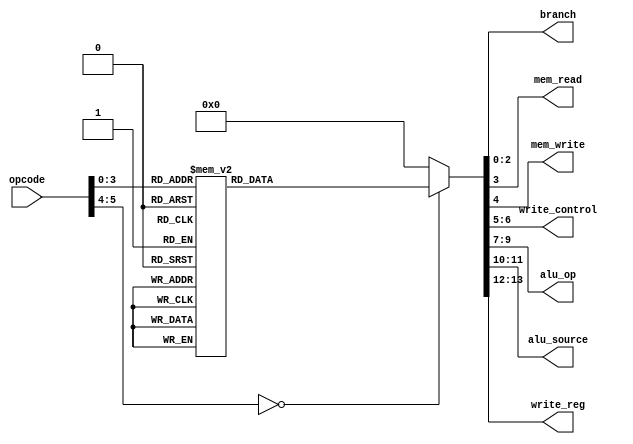
module control_unit(
    input [5:0] opcode,
    output reg [2:0] branch,
    output reg mem_read,
    output reg mem_write,
    output reg [1:0] write_control,
    output reg [2:0] alu_op,
    output reg [1:0]alu_source,
    output reg [1:0] write_reg
    );

/*
        
        OPCODE | ALUop | ALUsource  | WriteReg | MemWrite | MemRead | WriteConrol | Branch | Instructions
        __________________________________________________________________________________________________________
        000000 | 001   | 10         | 10       | 0        | 0       | 00       | 000    | add, comp, diff, AND, XOR
        000001 | 010   | 10         | 10       | 0        | 0       | 00       | 000    | shll, shrl, shra
        000011 | 011   | 10         | 10       | 0        | 0       | 00       | 000    | shllv, shrlv, shrav
        000010 | 000   | 10         | 00       | 0        | 0       | 00       | 001    | br
        000110 | 100   | 00         | 10       | 0        | 0       | 00       | 000    | addi, compi
        000111 | 101   | 10         | 01       | 0        | 0       | 00       | 010    | bltz, bz, bnz
        000101 | 110   | 01         | 11       | 0        | 1       | 01       | 000    | lw
        000100 | 111   | 01         | 00       | 1        | 1       | 00       | 000    | sw
        001100 | 000   | 10         | 01       | 0        | 0       | 00       | 011    | b
        001101 | 000   | 10         | 00       | 1        | 0       | 10       | 100    | bl
        001111 | 000   | 10         | 00       | 1        | 0       | 00       | 101    | bcy
        001011 | 000   | 10         | 00       | 1        | 0       | 00       | 110    | bncy
        
*/

always @(*) begin
        case(opcode)
            6'b000000:
                begin
                    branch <= 3'b000;
                    mem_read <= 1'b0;
                    mem_write <= 1'b0;
                    write_control <= 2'b00;
                    alu_op <= 3'b001;
                    alu_source <= 2'b10;
                    write_reg <= 2'b10;
                end
            6'b000001:
                begin
                    branch <= 3'b000;
                    mem_read <= 1'b0;
                    mem_write <= 1'b0;
                    write_control <= 2'b00;
                    alu_op <= 3'b010;
                    alu_source <= 2'b10;
                    write_reg <= 2'b10;
                end
            6'b000011:
                begin
                    branch <= 3'b000;
                    mem_read <= 1'b0;
                    mem_write <= 1'b0;
                    write_control <= 2'b00;
                    alu_op <= 3'b011;
                    alu_source <= 2'b10;
                    write_reg <= 2'b10;
                end
            6'b000010:
                begin
                    branch <= 3'b001;
                    mem_read <= 1'b0;
                    mem_write <= 1'b0;
                    write_control <= 2'b00;
                    alu_op <= 3'b000;
                    alu_source <= 2'b10;
                    write_reg <= 2'b00;
                end
            6'b000110:
                begin
                    branch <= 3'b000;
                    mem_read <= 1'b0;
                    mem_write <= 1'b0;
                    write_control <= 2'b00;
                    alu_op <= 3'b100;
                    alu_source <= 2'b00;
                    write_reg <= 2'b10;
                end
            6'b000111:
                begin
                    branch <= 3'b010;
                    mem_read <= 1'b0;
                    mem_write <= 1'b0;
                    write_control <= 2'b00;
                    alu_op <= 3'b101;
                    alu_source <= 2'b10;
                    write_reg <= 2'b01;
                end
            6'b000101:
                begin
                    branch <= 3'b000;
                    mem_read <= 1'b1;
                    mem_write <= 1'b0;
                    write_control <= 2'b01;
                    alu_op <= 3'b110;
                    alu_source <= 2'b01;
                    write_reg <= 2'b11;
                end
            6'b000100:
                begin
                    branch <= 3'b000;
                    mem_read <= 1'b1;
                    mem_write <= 1'b1;
                    write_control <= 2'b00;
                    alu_op <= 3'b111;
                    alu_source <= 2'b01;
                    write_reg <= 2'b00;
                end
            6'b001100:
                begin
                    branch <= 3'b011;
                    mem_read <= 1'b0;
                    mem_write <= 1'b0;
                    write_control <= 2'b10;
                    alu_op <= 3'b000;
                    alu_source <= 2'b10;
                    write_reg <= 2'b01;
                end
            6'b001101:
                begin
                    branch <= 3'b100;
                    mem_read <= 1'b0;
                    mem_write <= 1'b1;
                    write_control <= 2'b00;
                    alu_op <= 3'b000;
                    alu_source <= 2'b10;
                    write_reg <= 2'b00;
                end
            6'b001111:
                begin
                    branch <= 3'b101;
                    mem_read <= 1'b0;
                    mem_write <= 1'b1;
                    write_control <= 2'b00;
                    alu_op <= 3'b000;
                    alu_source <= 2'b10;
                    write_reg <= 2'b00;
                end
            6'b001011:
                begin
                    branch <= 3'b110;
                    mem_read <= 1'b0;
                    mem_write <= 1'b1;
                    write_control <= 2'b00;
                    alu_op <= 3'b000;
                    alu_source <= 2'b10;
                    write_reg <= 2'b00;
                end
            default:
                begin
                    branch <= 3'b000;
                    mem_read <= 1'b0;
                    mem_write <= 1'b0;
                    write_control <= 2'b00;
                    alu_op <= 3'b000;
                    alu_source <= 2'b00;
                    write_reg <= 2'b00;
                end
        endcase
    end

endmodule